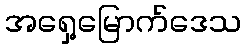
အရှေ့မြောက်ဒေသ